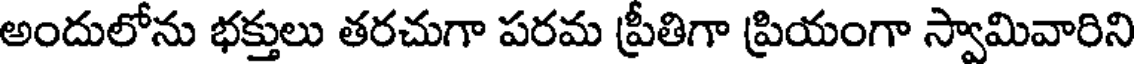
అందులోను భక్తులు తరచుగా పరమ ప్రీతిగా ప్రియంగా స్వామివారిని